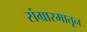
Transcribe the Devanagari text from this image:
संग्रारमातून